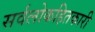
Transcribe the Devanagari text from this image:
सर्वलोकहितकारी